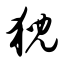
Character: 猊